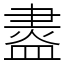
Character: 䀆